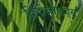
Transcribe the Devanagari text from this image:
विंडोब्लाइंड्स